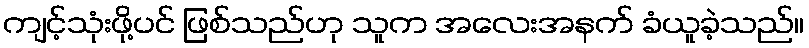
ကျင့်သုံးဖို့ပင် ဖြစ်သည်ဟု သူက အလေးအနက် ခံယူခဲ့သည်။